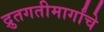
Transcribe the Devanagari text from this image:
द्रुतगतीमार्गांचे